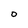
Character: O